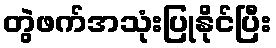
တွဲဖက်အသုံးပြုနိုင်ပြီး